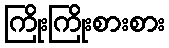
ကြိုးကြိုးစားစား